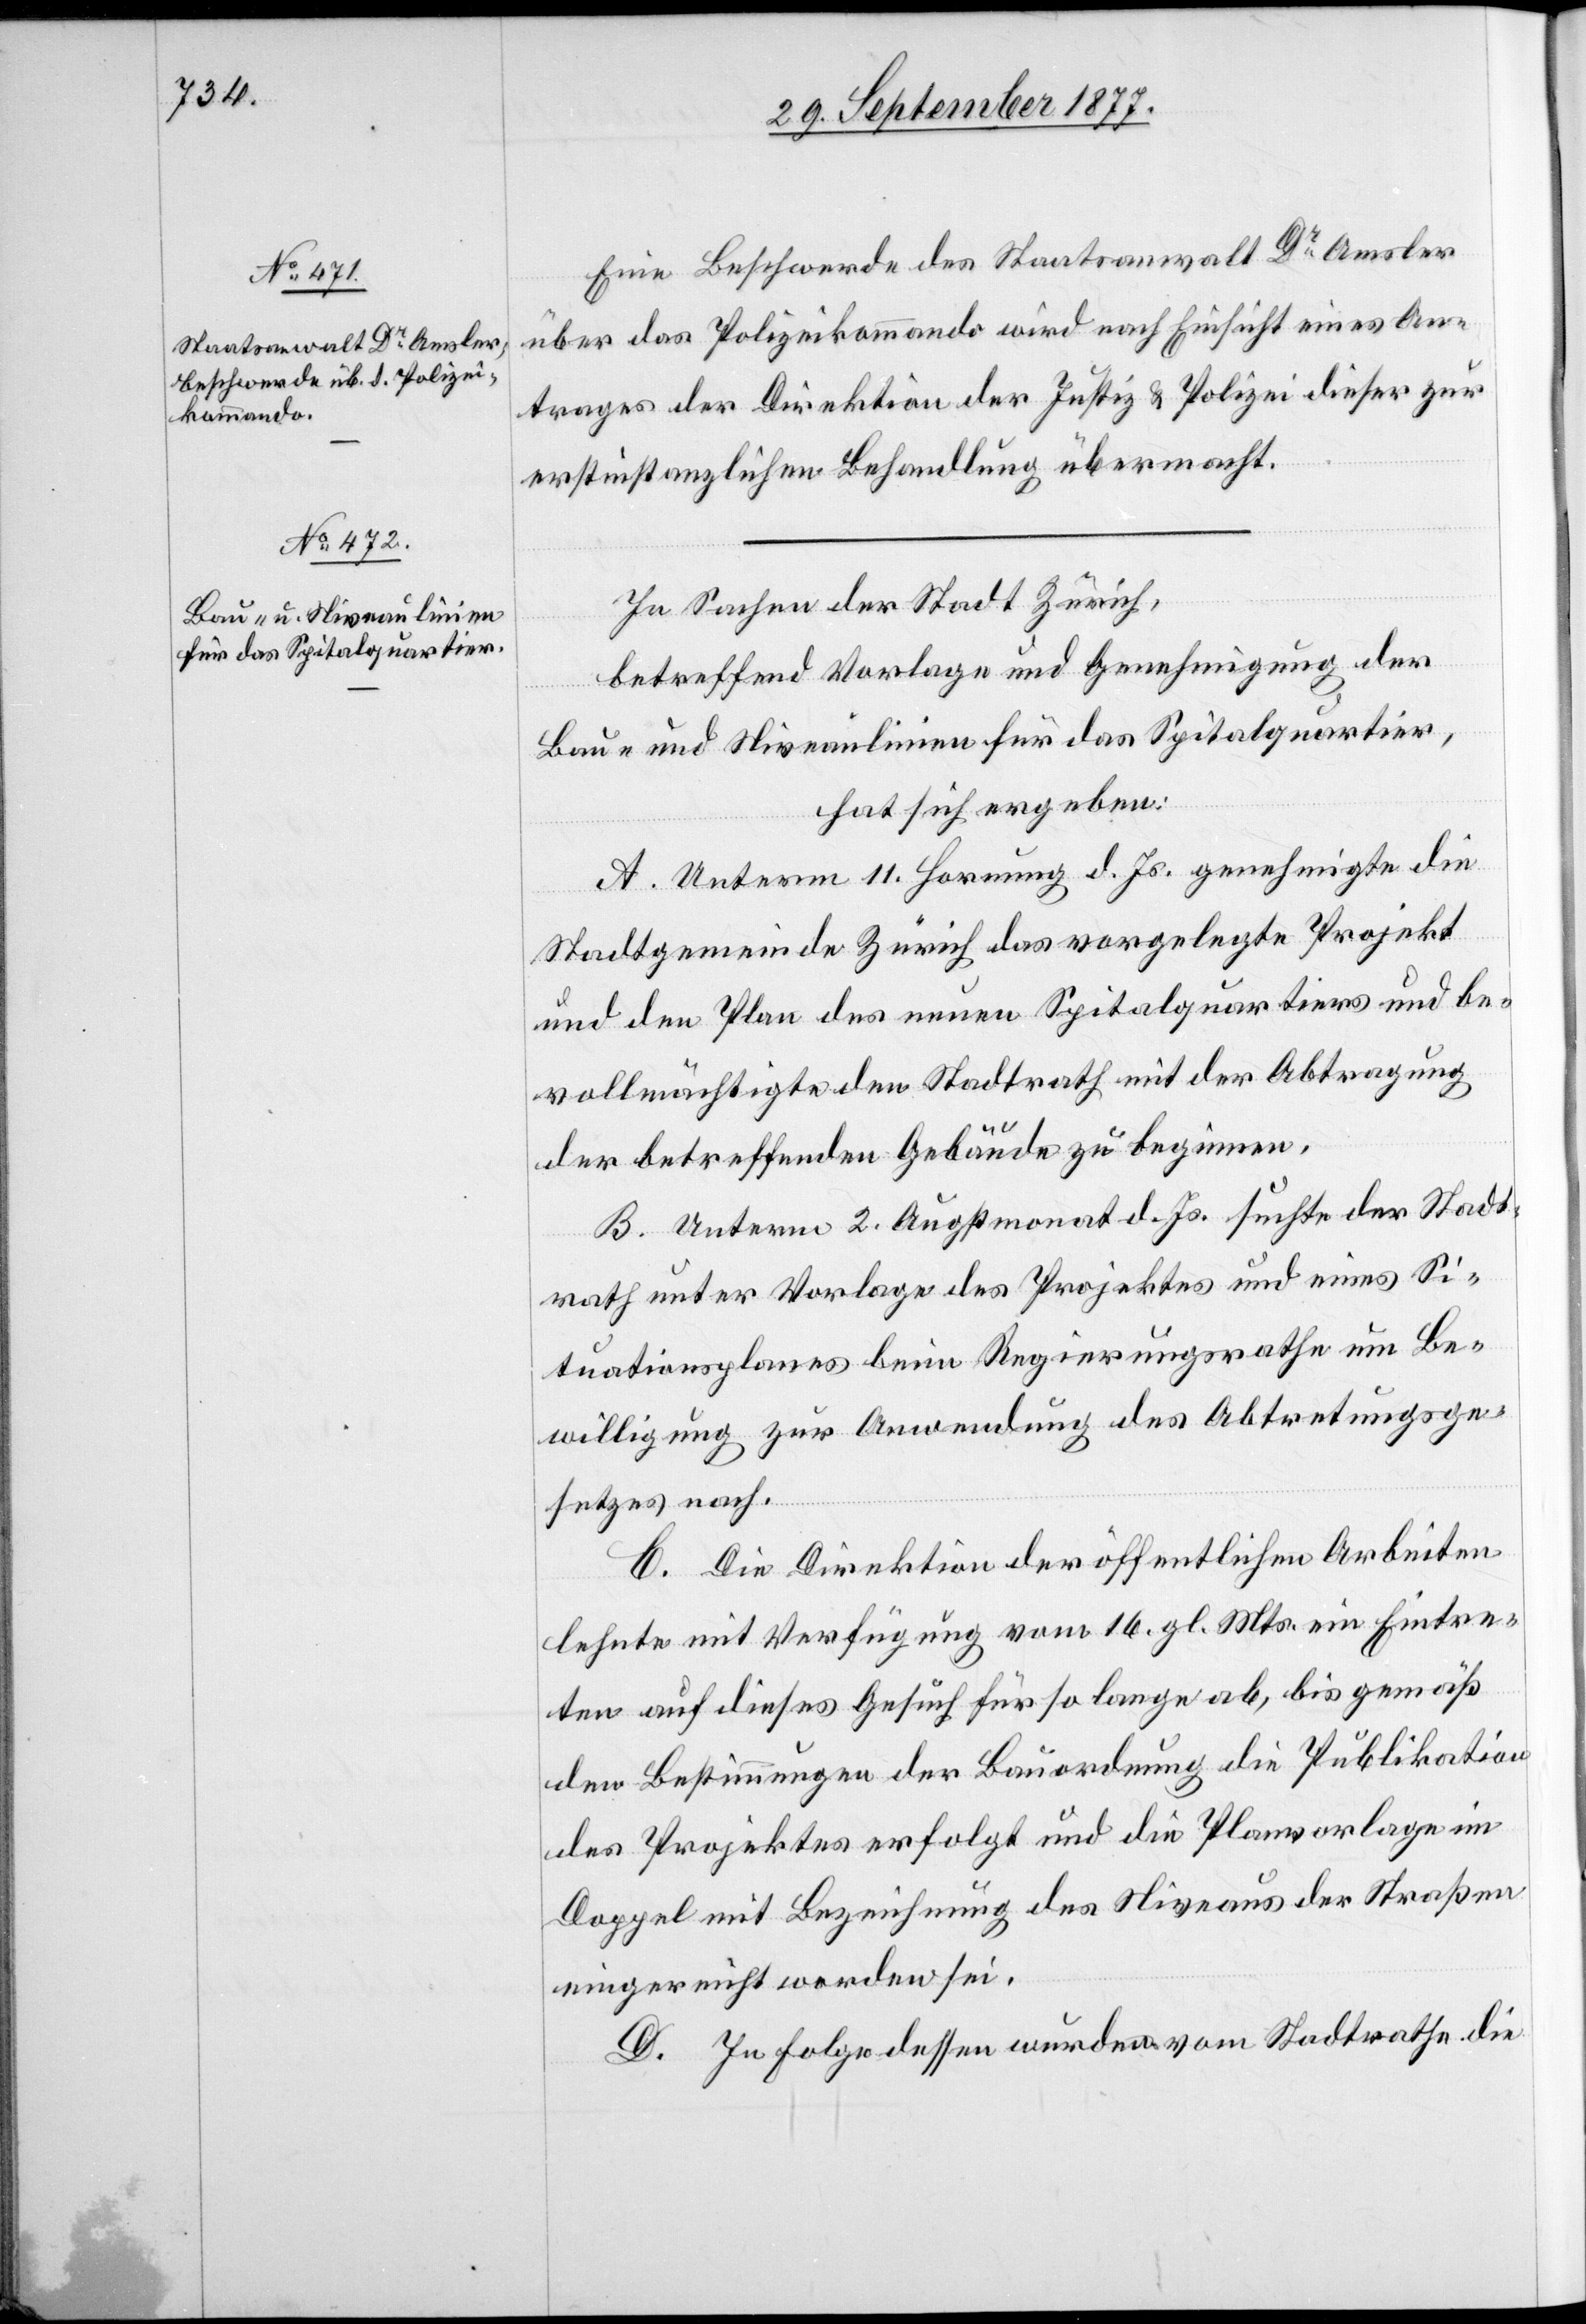
Eine Beschwerde des Staatsanwalt Dr Amsler
über das Polizeikommando wird nach Einsicht eines An¬
trages der Direktion der Justiz & Polizei dieser zur
erstinstanzlichen Behandlung übermacht.
In Sachen der Stadt Zürich,
betreffend Vorlage und Genehmigung der
Bau- und Niveaulinien für das Spitalquartier,
hat sich ergeben:
A. Unterm 11. Hornung d. Js. genehmigte die
Stadtgemeinde Zürich das vorgelegte Projekt
und den Plan des neuen Spitalquartiers und be¬
vollmächtigte den Stadtrath mit der Abtragung
der betreffenden Gebäude zu beginnen.
B. Unterm 2. Augstmonat d. Js. suchte der Stadt¬
rath unter Vorlage des Projektes und eines Si¬
tuationsplanes beim Regierungsrathe um Be¬
willigung zur Anwendung des Abtretungsge¬
setzes nach.
C. Die Direktion der öffentlichen Arbeiten
lehnte mit Verfügung vom 16. gl. Mts. ein Eintre¬
ten auf dieses Gesuch für so lange ab, bis gemäß
den Bestimmungen der Bauordnung die Publikation
des Projektes erfolgt und die Planvorlage im
Doppel mit Bezeichnung des Niveaus der Straßen
eingereicht worden sei.
D. In Folge dessen wurden vom Stadtrathe die